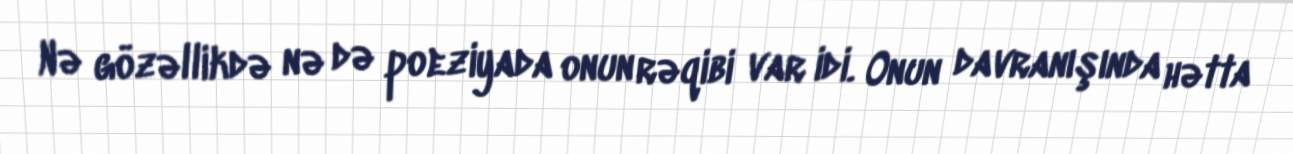
Nə gözəllikdə nə də poeziyada onun rəqibi var idi. Onun davranışında hətta